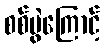
စစ်ပွဲကြောင့်